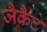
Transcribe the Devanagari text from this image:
जैकैट